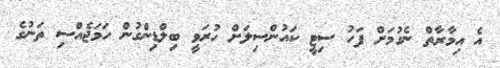
އެ އިމާރާތް ނެގުމަށް ފަހު ސިޓީ ކައުންސިލަށް ހުރަވީ ބިލްޑިންގުން ހަމަޖެެއްސި ތަނުގެ